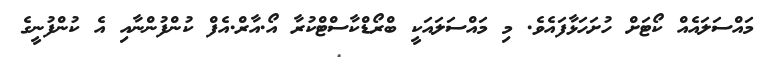
މައްސަލައެއް ކޯޓަށް ހުށަހަޅާފައެވެ. މި މައްސަލައަކީ ބްރޯޑްކާސްޓްކުރާ އޯ.އާރް.އެފް ކުންފުންނާއި އެ ކުންފުނީގެ